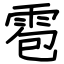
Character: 雹